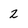
Character: 2